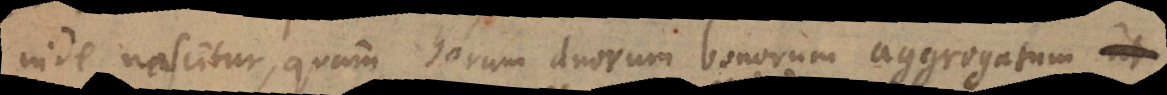
inde nascitur, quam horum duorum bonorum aggregatum